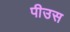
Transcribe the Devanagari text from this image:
पीउस